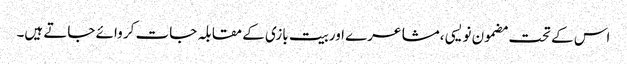
اس کے تحت مضمون نویسی ،مشاعرے اوربیت بازی کے مقابلہ جات کر وائے جاتے ہیں۔